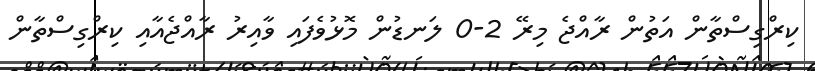
ކިރްގިސްތާން އަތުން ރާއްޖެ މިރޭ 2-0 ލަނޑުން މޮޅުވެފައި ވާއިރު ރާއްޖެއާއި ކިރްގިސްތާން